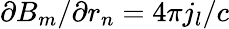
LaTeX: \partial B_{m}/\partial r_{n}=4\pi j_{l}/c